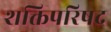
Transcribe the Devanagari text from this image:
शक्तिपरिषद